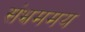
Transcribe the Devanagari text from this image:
संभ्रममय